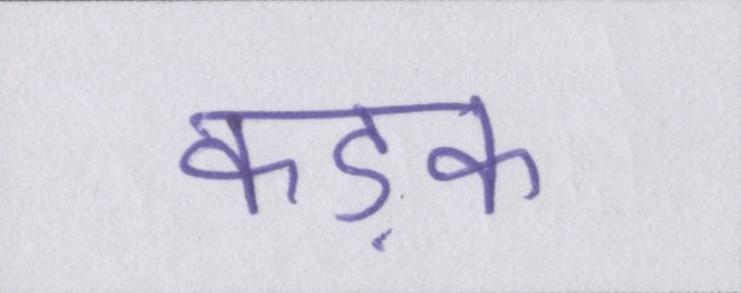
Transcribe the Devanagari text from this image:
कड़क